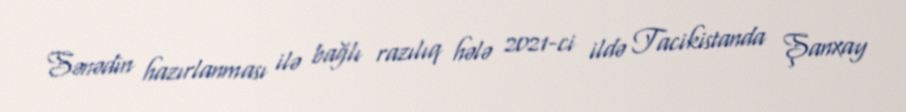
Sənədin hazırlanması ilə bağlı razılıq hələ 2021-ci ildə Tacikistanda Şanxay